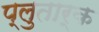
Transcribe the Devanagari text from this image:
प्लुतार्क